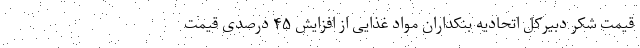
قیمت شکر دبیرکل اتحادیه بنکداران مواد غذایی از افزایش ۴۵ درصدی قیمت